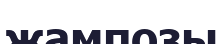
жампозы